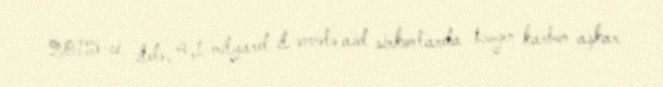
2015-ci ildə, 4,1 milyard il əvvələ aid sirkonlarda biogen karbon aşkar